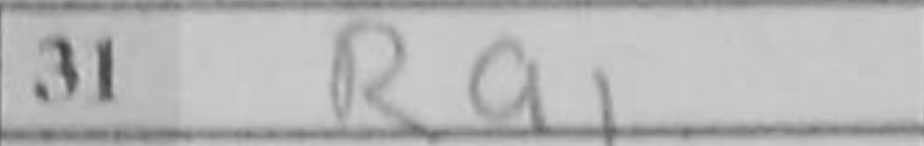
Transcription: Ra1